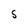
Character: S